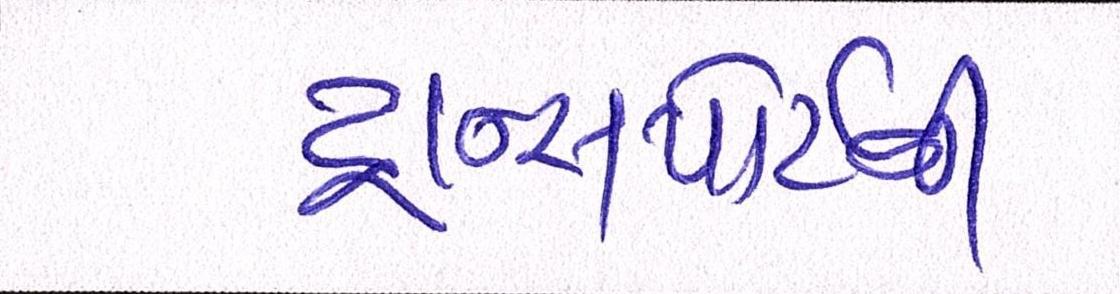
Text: ટ્રાન્સપોર્ટની